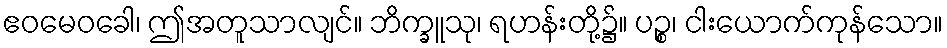
ဧဝမေဝခေါ၊ ဤအတူသာလျင်။ ဘိက္ခူသု၊ ရဟန်းတို့၌။ ပဉ္စ၊ ငါးယောက်ကုန်သော။